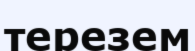
терезем